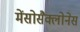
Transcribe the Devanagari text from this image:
मेंसोसैक्लोनेस